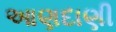
આણદાણી